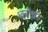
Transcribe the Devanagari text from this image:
ध्वनींची